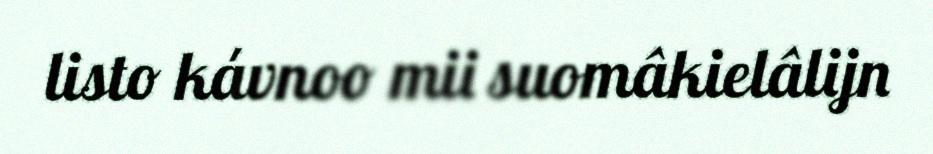
listo kávnoo mii suomâkielâlijn